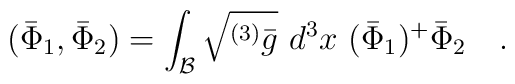
(\bar{\Phi}_1,\bar{\Phi}_2)=\int_{\cal B}\sqrt{^{(3)}\bar{g}} ~d^3x~(\bar{\Phi}_1)^{+}\bar{\Phi}_2~~~.